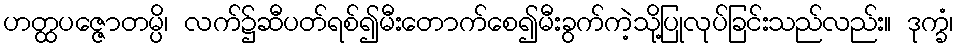
ဟတ္ထပဇ္ဇောတမ္ပိ၊ လက်၌ဆီပတ်ရစ်၍မီးတောက်စေ၍မီးခွက်ကဲ့သို့ပြုလုပ်ခြင်းသည်လည်း။ ဒုက္ခံ၊